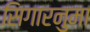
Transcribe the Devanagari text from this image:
सिगारनुमा